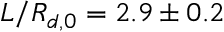
L / R _ { d , 0 } = 2 . 9 \pm 0 . 2